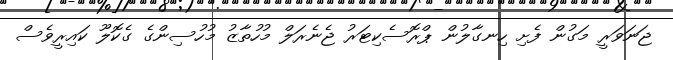
ޖަނަވަރީ މަގުން ފެށި ހިނގާލުން ޕްރޮސެކިޓަރު ޖެނެރަލް މުހުތާޒު މުހުސިންގެ ގެކޮލޫ ކައިރީވެސް